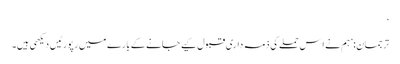
‘
ترجمان: ’ہم نے اِس حملے کی ذمہ داری قبول کیے جانے کے بارے میں رپورٹیں دیکھی ہیں۔